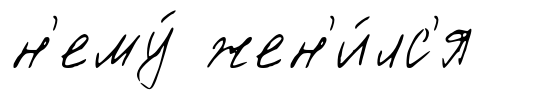
н'ему́ жен'и́лс'я